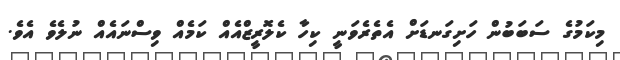
މިކަމުގެ ސަބަބުން ހަށިގަނޑަށް އެތެރެވަނީ ކިހާ ކެލޮރީޒްއެއް ކަމެއް ވިސްނައެއް ނުލެވެ އެވެ.